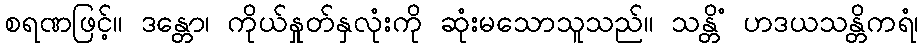
စရဏဖြင့်။ ဒန္တော၊ ကိုယ်နှုတ်နှလုံးကို ဆုံးမသောသူသည်။ သန္တိံ ဟဒယသန္တိကရံ၊